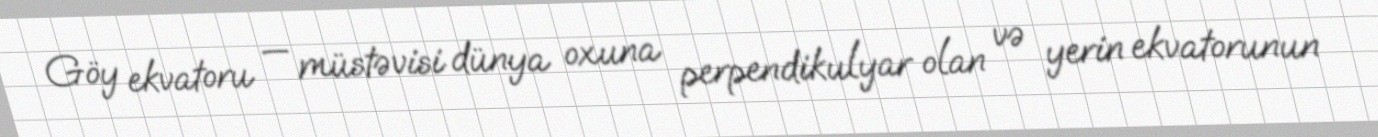
Göy ekvatoru — müstəvisi dünya oxuna perpendikulyar olan və yerin ekvatorunun